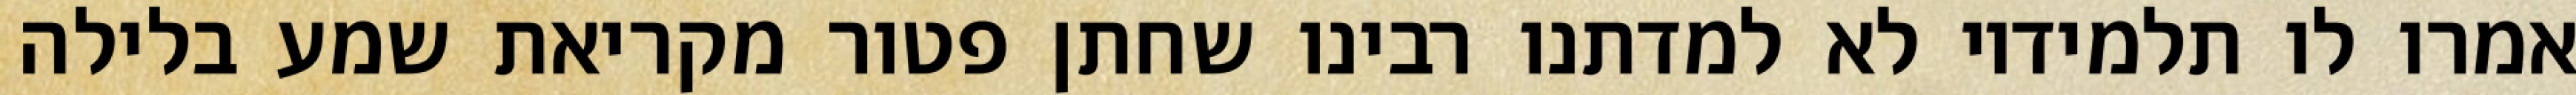
אמרו לו תלמידיו לא למדתנו רבינו שחתן פטור מקריאת שמע בלילה